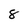
Character: 8